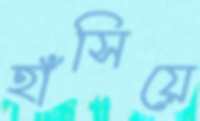
হাঁসিয়ে